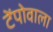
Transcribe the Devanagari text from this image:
टेंपोवाला